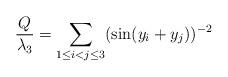
LaTeX: \begin{align*}\frac{Q}{\lambda_3} = \sum_{1 \le i < j \le 3} (\sin (y_i+y_j))^{-2}\end{align*}